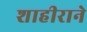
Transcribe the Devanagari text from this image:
शाहीराने